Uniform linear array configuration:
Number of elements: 48
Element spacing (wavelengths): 0.75
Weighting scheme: cosine
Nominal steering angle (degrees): -45
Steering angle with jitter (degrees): -43.661
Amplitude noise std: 0.05
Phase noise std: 0.05

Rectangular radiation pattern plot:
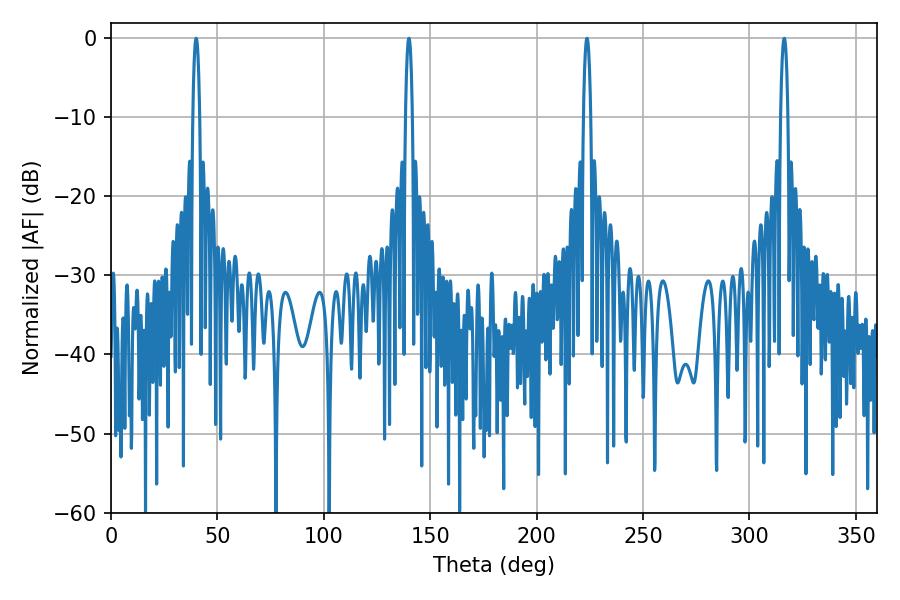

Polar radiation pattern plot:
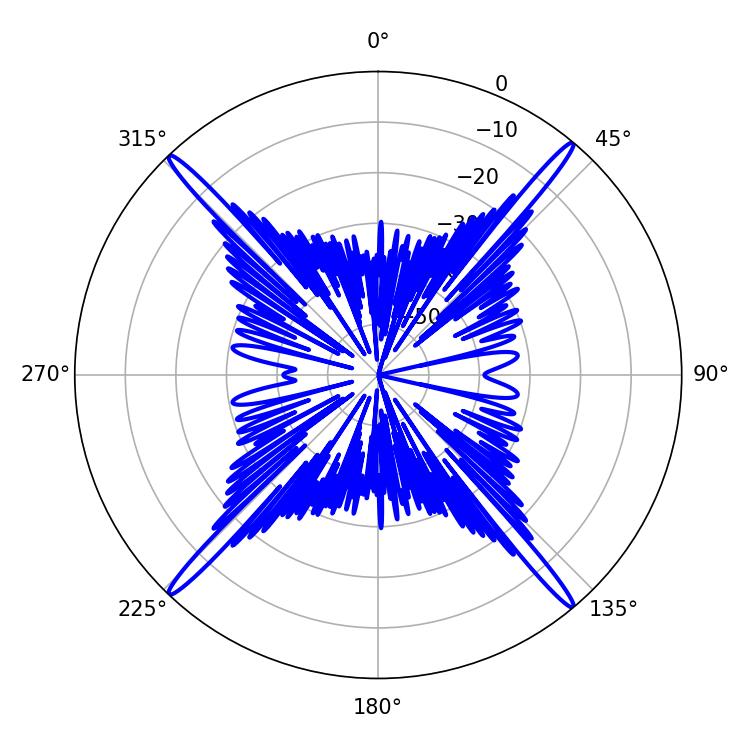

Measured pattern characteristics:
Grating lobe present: TRUE
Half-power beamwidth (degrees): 1.8
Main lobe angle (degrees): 39.96